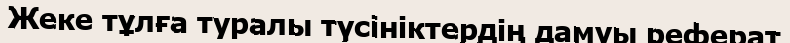
Жеке тұлға туралы түсініктердің дамуы реферат